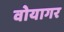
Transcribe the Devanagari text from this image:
वोयागर